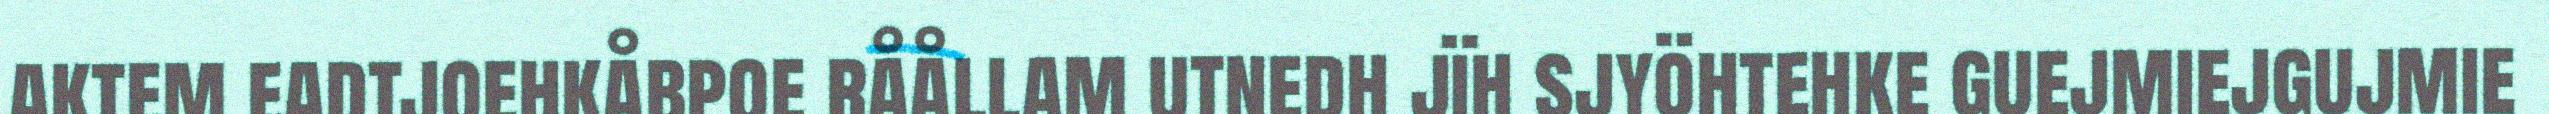
aktem eadtjoehkåbpoe råållam utnedh jïh sjyöhtehke guejmiejgujmie